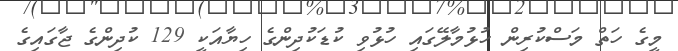
މީގެ ހަތް މަސްކުރިން ހުޅުމާލޭގައި ހުޅުވި ކުޑަކުދިންގެ ހިޔާއަކީ 129 ކުދިންގެ ޖާގައިގެ